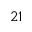
2 1